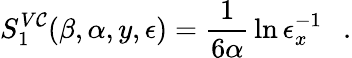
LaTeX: S_{1}^{V\mathcal{C}}(\beta,\alpha,y,\epsilon)={\frac{{1}}{{6\alpha}}}\ln{\epsilon_{x}^{-1}}~~~.